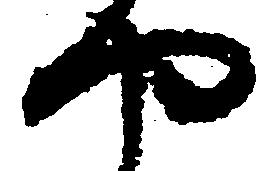
や